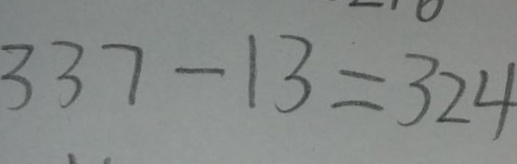
3 3 7 - 1 3 = 3 2 4